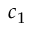
c _ { 1 }